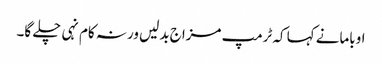
اوبامانے کہا کہ ٹرمپ مزاج بدلیں ورنہ کام نہی چلے گا۔